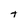
Character: t